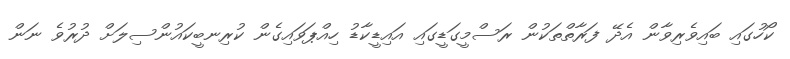
ކޯހުގައި ބައިވެރިވާން އެދޭ ފަރާތްތަކުން ރަސްމީގަޑީގައި އައިޑީކާޑު ހިއްޕަވައިގެން ކުރިނބީކައުންސިލަށް ދުރުވެ ނަން